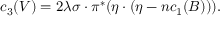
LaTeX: c _ { 3 } ( V ) = 2 \lambda \sigma \cdot \pi ^ { * } ( \eta \cdot ( \eta - n c _ { 1 } ( B ) ) ) .